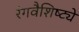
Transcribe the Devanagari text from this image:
रंगवैशिष्ट्ये